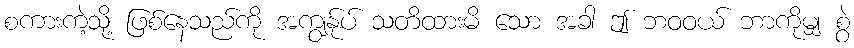
စကားကဲ့သို့ ဖြစ်နေသည်ကို အကျွန်ုပ် သတိထားမိ သော အခါ ဤ ဘဝဝယ် ဘာကိုမျှ စွဲ